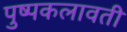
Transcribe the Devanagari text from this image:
पुष्पकलावती